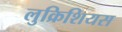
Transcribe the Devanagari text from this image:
लुक्रिशियस